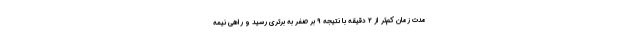
مدت زمان کم‌تر از ۲ دقیقه با نتیجه ۹ بر صفر به برتری رسید و راهی نیمه